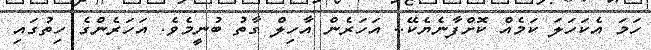
ހަމަ އެކަހަލަ ކަމެއް ކޮށްފާނެޔެކޭ.. އަހަރެން އާހިލް ގާތު ބުނީމެވެ. އަހަރެންގެ ހިތުގައި